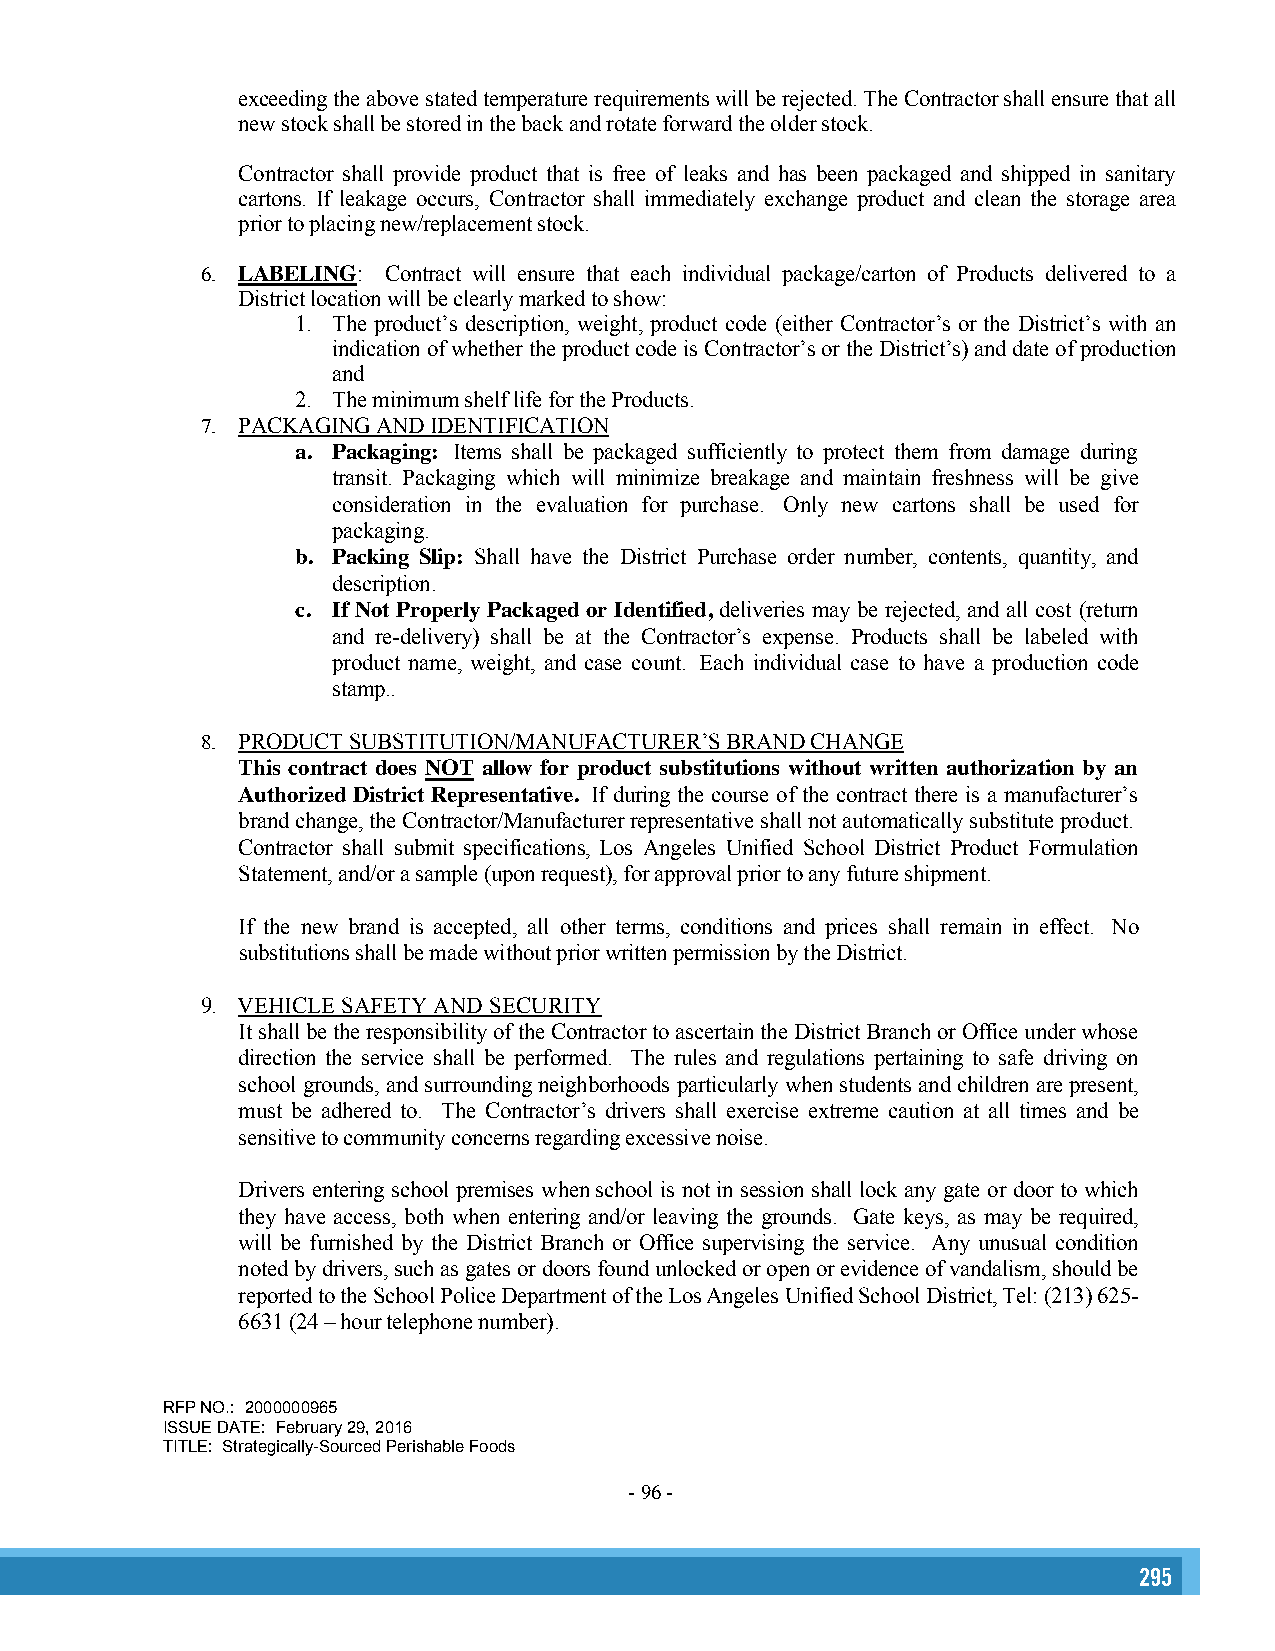
exceeding the above stated temperature requirements will be rejected. The Contractor shall ensure that all
 new stock shall be stored in the back and rotate forward the older stock.
 Contractor shall provide product that is free of leaks and has been packaged and shipped in sanitary
 cartons. If leakage occurs, Contractor shall immediately exchange product and clean the storage area
 prior to placing new/replacement stock.
 6. LABELING: Contract will ensure that each individual package/carton of Products delivered to a
 District location will be clearly marked to show:
 1. The product’s description, weight, product code (either Contractor’s or the District’s with an
 indication of whether the product code is Contractor’s or the District’s) and date of production
 and
 2. The minimum shelf life for the Products.
 7. PACKAGING AND IDENTIFICATION
 a. Packaging: Items shall be packaged sufficiently to protect them from damage during
 transit. Packaging which will minimize breakage and maintain freshness will be give
 consideration in the evaluation for purchase. Only new cartons shall be used for
 packaging.
 b. Packing Slip: Shall have the District Purchase order number, contents, quantity, and
 description.
 c. If Not Properly Packaged or Identified, deliveries may be rejected, and all cost (return
 and re-delivery) shall be at the Contractor’s expense. Products shall be labeled with
 product name, weight, and case count. Each individual case to have a production code
 stamp..
 8. PRODUCT SUBSTITUTION/MANUFACTURER’S BRAND CHANGE
 This contract does NOT allow for product substitutions without written authorization by an
 Authorized District Representative. If during the course of the contract there is a manufacturer’s
 brand change, the Contractor/Manufacturer representative shall not automatically substitute product.
 Contractor shall submit specifications, Los Angeles Unified School District Product Formulation
 Statement, and/or a sample (upon request), for approval prior to any future shipment.
 If the new brand is accepted, all other terms, conditions and prices shall remain in effect. No
 substitutions shall be made without prior written permission by the District.
 9. VEHICLE SAFETY AND SECURITY
 It shall be the responsibility of the Contractor to ascertain the District Branch or Office under whose
 direction the service shall be performed. The rules and regulations pertaining to safe driving on
 school grounds, and surrounding neighborhoods particularly when students and children are present,
 must be adhered to. The Contractor’s drivers shall exercise extreme caution at all times and be
 sensitive to community concerns regarding excessive noise.
 Drivers entering school premises when school is not in session shall lock any gate or door to which
 they have access, both when entering and/or leaving the grounds. Gate keys, as may be required,
 will be furnished by the District Branch or Office supervising the service. Any unusual condition
 noted by drivers, such as gates or doors found unlocked or open or evidence of vandalism, should be
 reported to the School Police Department of the Los Angeles Unified School District, Tel: (213) 625-
 6631 (24 – hour telephone number).
 RFP NO.: 2000000965
 ISSUE DATE: February 29, 2016
 TITLE: Strategically-Sourced Perishable Foods
 - 96 -
 295